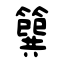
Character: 簨